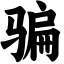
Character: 骗